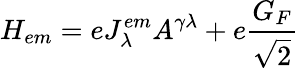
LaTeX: H_{em}=eJ_{\lambda}^{em}A^{\gamma\lambda}+e\frac{G_{F}}{\sqrt{2}}